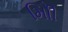
મોિી